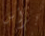
برأس